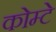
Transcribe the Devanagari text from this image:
कोम्टे